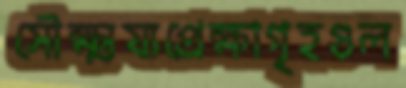
সৌক্ষ্ময্যপ্রেক্ষাগৃহগুল